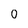
Character: 0